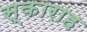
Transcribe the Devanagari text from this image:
स्काराह